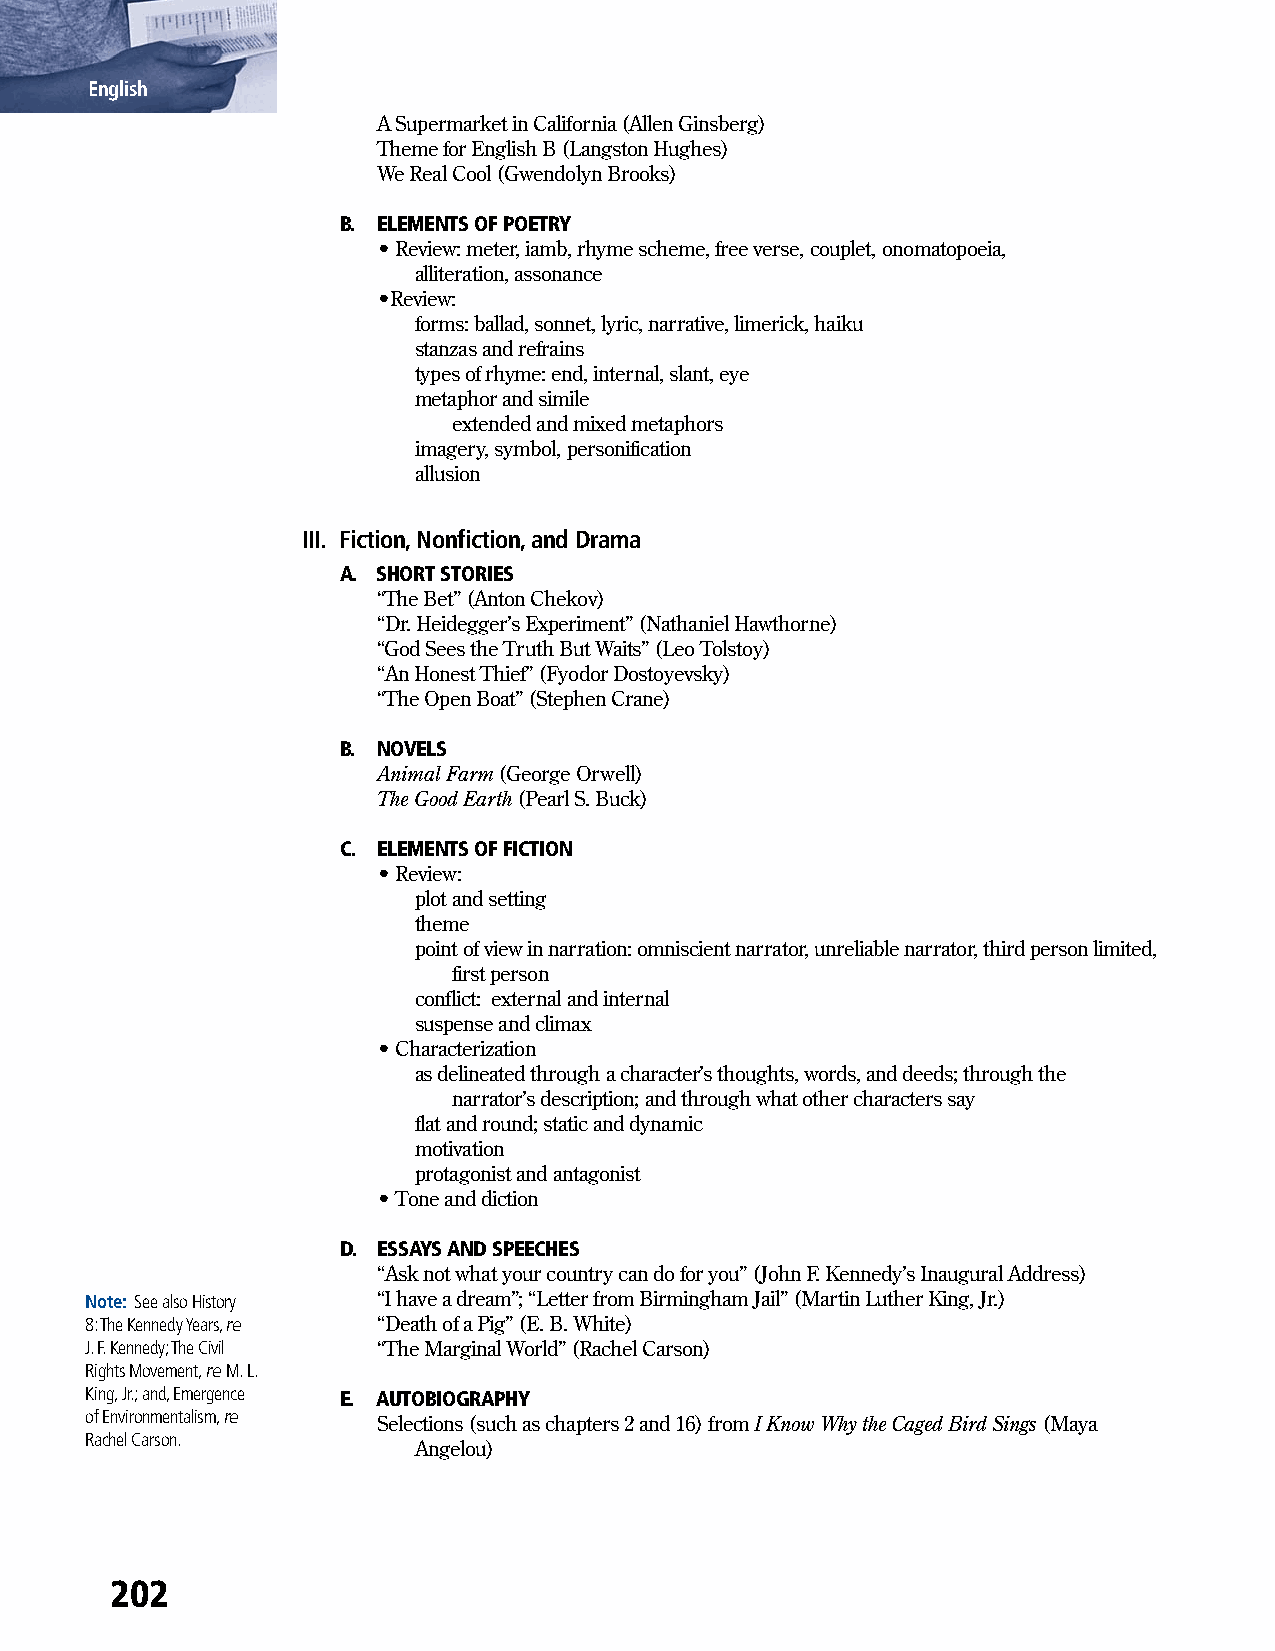
English
 A Supermarket in California (Allen Ginsberg)
 Theme for English B (Langston Hughes)
 We Real Cool (Gwendolyn Brooks)
 B. ELEMENTS OF POETRY
 • Review: meter, iamb, rhyme scheme, free verse, couplet, onomatopoeia,
 alliteration, assonance
 •Review:
 forms: ballad, sonnet, lyric, narrative, limerick, haiku
 stanzas and refrains
 types of rhyme: end, internal, slant, eye
 metaphor and simile
 extended and mixed metaphors
 imagery, symbol, personification
 allusion
 III. Fiction, Nonfiction, and Drama
 A. SHORT STORIES
 “The Bet” (Anton Chekov)
 “Dr. Heidegger’s Experiment” (Nathaniel Hawthorne)
 “God Sees the Truth But Waits” (Leo Tolstoy)
 “An Honest Thief” (Fyodor Dostoyevsky)
 “The Open Boat” (Stephen Crane)
 B. NOVELS
 Animal Farm (George Orwell)
 The Good Earth (Pearl S. Buck)
 C. ELEMENTS OF FICTION
 • Review:
 plot and setting
 theme
 point of view in narration: omniscient narrator, unreliable narrator, third person limited,
 first person
 conflict: external and internal
 suspense and climax
 • Characterization
 as delineated through a character’s thoughts, words, and deeds; through the
 narrator’s description; and through what other characters say
 flat and round; static and dynamic
 motivation
 protagonist and antagonist
 • Tone and diction
 D. ESSAYS AND SPEECHES
 “Ask not what your country can do for you” (John F. Kennedy’s Inaugural Address)
 Note: See also History “I have a dream”; “Letter from Birmingham Jail” (Martin Luther King, Jr.)
 8: The Kennedy Years, re “Death of a Pig” (E. B. White)
 J. F. Kennedy; The Civil “The Marginal World” (Rachel Carson)
 Rights Movement, re M. L.
 King, Jr.; and, Emergence E. AUTOBIOGRAPHY
 of Environmentalism, re
 Selections (such as chapters 2 and 16) from I Know Why the Caged Bird Sings (Maya
 Rachel Carson.
 Angelou)
 202